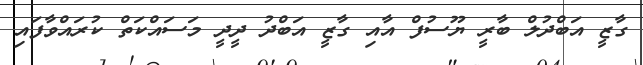
ގާޒީ އަބްދުލް ބާރީ ޔޫސުފް އާއި ގާޒީ އަބްދު ދީދީ މަސައްކަތް ކުރައްވާފައި